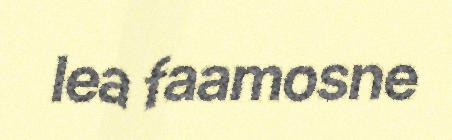
lea faamosne